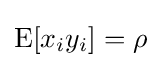
\operatorname {E} [x_{i}y_{i}]=\rho